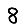
Digit: 8